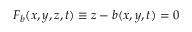
F _ { b } ( x , y , z , t ) \equiv z - b ( x , y , t ) = 0